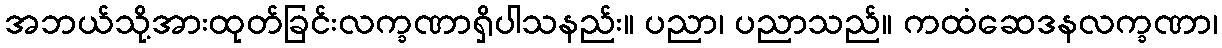
အဘယ်သို့အားထုတ်ခြင်းလက္ခဏာရှိပါသနည်း။ ပညာ၊ ပညာသည်။ ကထံဆေဒနလက္ခဏာ၊